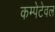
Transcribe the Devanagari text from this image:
कम्पेटेवल